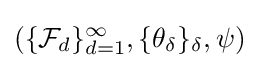
(\{{\mathcal {F}}_{d}\}_{d=1}^{\infty },\{\theta _{\delta }\}_{\delta },\psi )